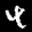
Label: 4